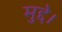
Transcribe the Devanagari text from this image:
मुद्दे।